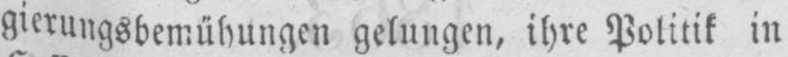
gierungsbemühungen gelungen, ihre Politik in